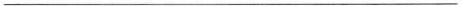
___